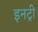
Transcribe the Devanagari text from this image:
इनट्री